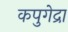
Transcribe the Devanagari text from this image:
कपुगेद्रा